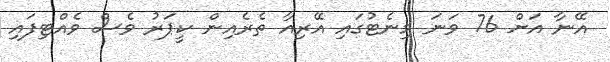
އޭނާ އަށް 76 ވަނަ މިނެޓުގައި އޭރިއާ ތެރެއިން ކީޕަރު ވެސް ވެއްޓިފައި